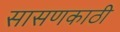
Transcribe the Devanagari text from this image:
सासणकाठी